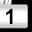
Digit: 1